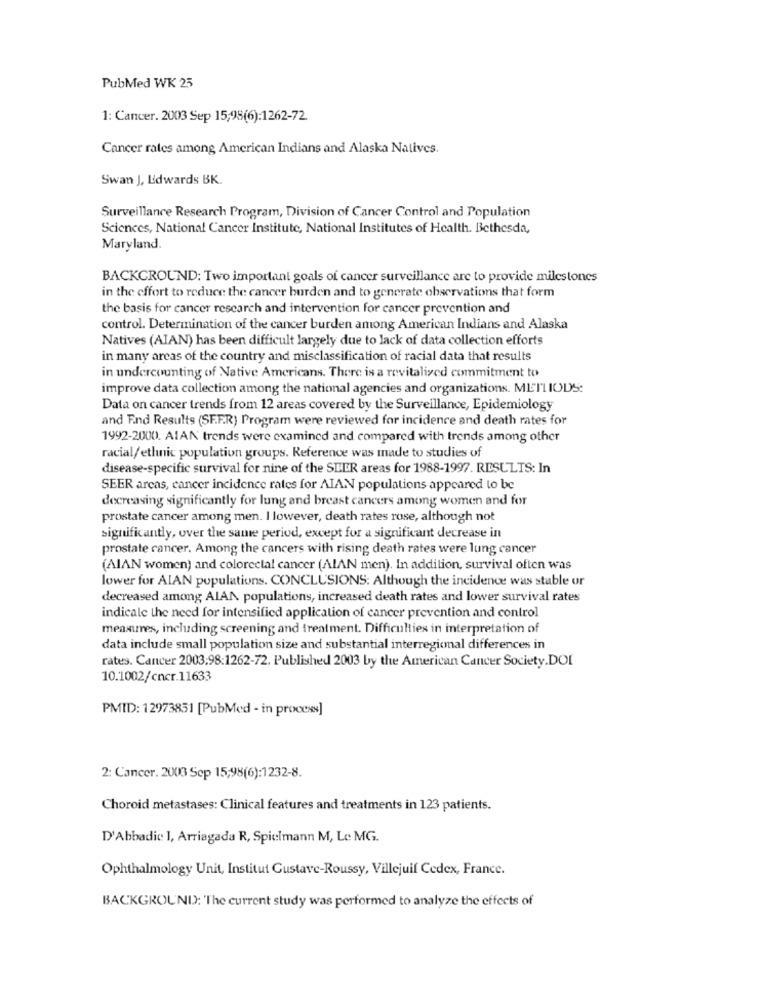
PubMed WK 25
1: Cancer. 2003 Sep 15,95(6):1262-72.
Cancer rates among American Indians and Alaska Natives.
Swan J, Edwards BK.
Surveillance Research Program, Division of Cancer Control and Population
Sciences, National Cancer Institute, National Institutes of Health. Bethesda,
Maryland.
BACKGROUND: Two important goals of cancer surveillance are to provide milestones
in the effort to reduce the cancer burden and to generate observations that form
the basis for cancer research and intervention for cancer prevention and
control. Determination of the cancer burden among American Indians and Alaska
Natives (AIAN) has been difficult largely due to lack of data collection efforts
in many areas of the country and misclassification of racial data that results
in undercounting of Native Americans. There is a revitalized commitment to
improve data collection among the national agencies and organizations. METHODS:
Data on cancer trends from 12 areas covered by the Surveillance, Epidemiology
and End Results (SF.E.R) Program were reviewed for incidence and death rates for
1992-2000. AIAN trends were examined and compared with trends among other
racial/ethnic population groups. Reference was made to studies of
disease-specific survival for nine of the SEER areas for 1988-1997. RESULTS: In
SEER arcas, cancer incidence rates for AIAN populations appeared to be
decreasing significantly for lung and breast cancers among women and for
prostate cancer among men. I lowever, death rates rose, although not
significantly, over the same period, except for a significant decrease in
prostate cancer. Among the cancers with rising death rates were lung cancer
(AIAN women) and colorectal cancer (ALAN men). In addition, survival often was
lower for AIAN populations. CONCLUSIONS: Although the incidence was stable or
decreased among ALAN populations, increased death rates and lower survival rates
indicale the need for intensified application of cancer prevention and control
measures, including screening and treatment. Difficulties in interpretation of
data include small population size and substantial interregional differences in
rates. Cancer 2003:98:1262-72. Published 2003 by the American Cancer Society.DOI
10.1002/cncr.11633
PMID: 12973851 [PubMed - in process]
2: Cancer. 2003 Sep 15,98(6):1232-8.
Choroid metastases: Clinical features and treatments in 123 patients.
D'Abbadic 1, Arriagada R, Spielmann M, Le MG.
Ophthalmology Unit, Institut Gustave-Roussy, Villejuif Cedex, France.
BACKGROUND: 'The current study was performed to analyze the effects of